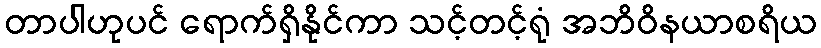
တာပါဟုပင် ရောက်ရှိနိုင်ကာ သင့်တင့်ရုံ အဘိဝိနယာစရိယ